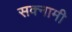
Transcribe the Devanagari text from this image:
सक्नामी